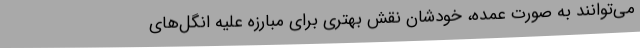
می‌توانند به صورت عمده، خودشان نقش بهتری برای مبارزه علیه انگل‌های